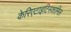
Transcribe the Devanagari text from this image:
केरिएटाइटिसशामिल